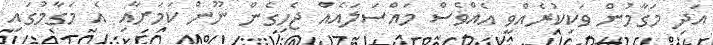
އަދި މަގާމުން ވަކިކުރެއްވީ އެއްވެސް މައްސަލައެއް ޖެހިގެން ނޫން ކަމަށާއި އެ މަގާމުގައި